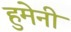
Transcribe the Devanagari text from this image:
हुमेनी